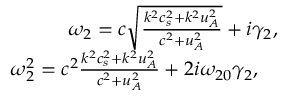
\begin{array} { r } { \omega _ { 2 } = c \sqrt { \frac { k ^ { 2 } c _ { s } ^ { 2 } + k ^ { 2 } u _ { A } ^ { 2 } } { c ^ { 2 } + u _ { A } ^ { 2 } } } + i \gamma _ { 2 } , } \\ { \omega _ { 2 } ^ { 2 } = c ^ { 2 } \frac { k ^ { 2 } c _ { s } ^ { 2 } + k ^ { 2 } u _ { A } ^ { 2 } } { c ^ { 2 } + u _ { A } ^ { 2 } } + 2 i \omega _ { 2 0 } \gamma _ { 2 } , \quad } \end{array}